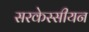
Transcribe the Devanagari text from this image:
सरकेस्सीयन